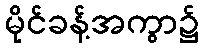
မိုင်ခန့်အကွာ၌